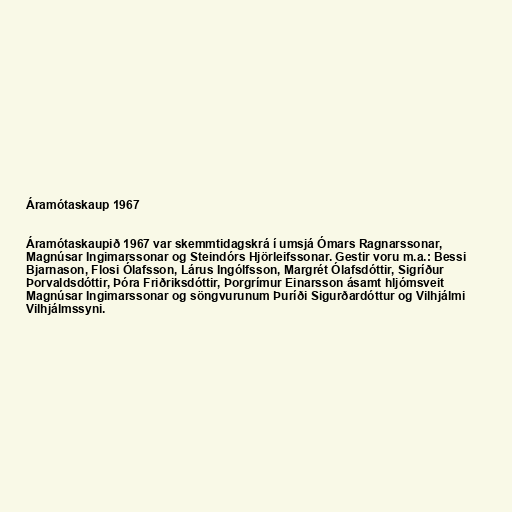
Áramótaskaup 1967

Áramótaskaupið 1967 var skemmtidagskrá í umsjá Ómars Ragnarssonar,
Magnúsar Ingimarssonar og Steindórs Hjörleifssonar. Gestir voru m.a.: Bessi
Bjarnason, Flosi Ólafsson, Lárus Ingólfsson, Margrét Ólafsdóttir, Sigríður
Þorvaldsdóttir, Þóra Friðriksdóttir, Þorgrímur Einarsson ásamt hljómsveit
Magnúsar Ingimarssonar og söngvurunum Þuríði Sigurðardóttur og Vilhjálmi
Vilhjálmssyni.